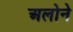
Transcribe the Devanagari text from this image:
अलोने